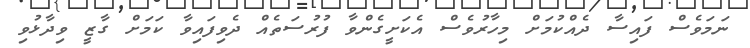
ނަމަވެސް ފައިސާ ދެއްކުމަށް މިހާރުވެސް އެކަށީގެންވާ ފުރުސަތެއް ދެވިފައިވާ ކަމަށް ގާޒީ ވިދާޅުވި